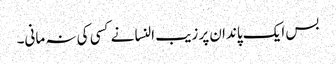
بس ایک پاندان پر زیب النسا نے کسی کی نہ مانی۔